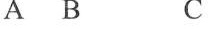
A B C